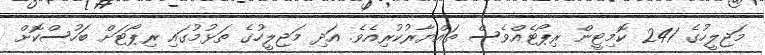
މަޖިލީހުގެ 241 ކޮމިޓީން ރިޕޯޓެއްވެސް ތައްޔާރުކުރިއެވެ. އަދި މަޖިލީހުގެ ތަޅުމުގައި ރިޕޯޓަށް ބަހުސްކޮށް